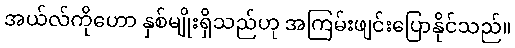
အယ်လ်ကိုဟော နှစ်မျိုးရှိသည်ဟု အကြမ်းဖျင်းပြောနိုင်သည်။